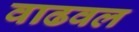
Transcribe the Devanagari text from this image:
वाढवल